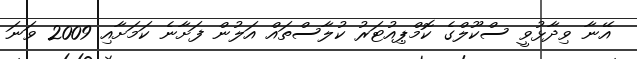
އޭނާ ވިދާޅުވީ ސްކޫލްގެ ކޮމްޕިއުޓަރު ކުލާސްތައް އަލުން ފަށާނެ ކަމަށާއި 2009 ވަނަ